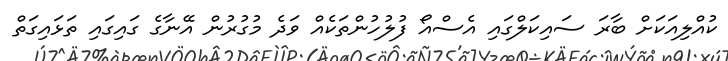
ކުއްލިއަކަށް ބާރަ ސައިކަލްގައި އެސްއޯ ފުލުހުންތަކެއް ވަދެ މުގުރުން އޭނާގެ ގައިގައި ތަޅައިގަތް